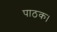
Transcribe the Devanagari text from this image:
पाठक।